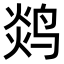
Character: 𬸖